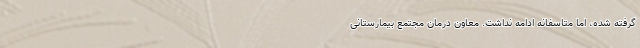
گرفته شده، اما متاسفانه ادامه نداشت. معاون درمان مجتمع بیمارستانی